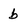
Character: b